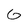
Character: G